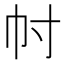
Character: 𢁜